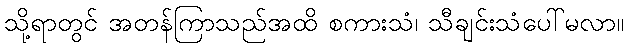
သို့ရာတွင် အတန်ကြာသည်အထိ စကားသံ၊ သီချင်းသံပေါ်မလာ။